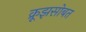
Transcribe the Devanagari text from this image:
क्रूझसोबत